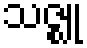
သဇ္ဈု